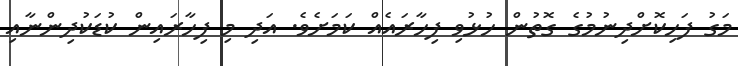
މަގު ފަހިކޮށްދިނުމުގެ ގޮތުން ހުޅުވި ފިހާރައެއް ކަމަށެވެ. އަދި މި ފިހާރައިން ކުޑަކުދިންނާއި